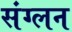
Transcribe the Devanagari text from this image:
संग्लन